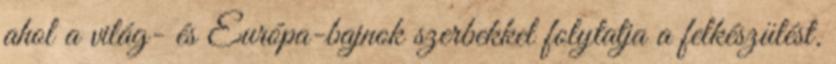
ahol a világ- és Európa-bajnok szerbekkel folytatja a felkészülést.